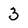
Character: 3